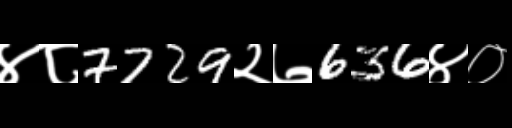
Text: ४८7729२७636४०